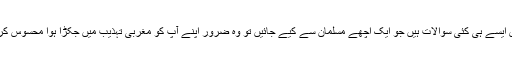
الغرض ایسے ہی کئی سوالات ہیں جو ایک اچھے مسلمان سے کیے جائیں تو وہ ضرور اپنے آپ کو مغربی تہذیب میں جکڑا ہوا محسوس کرے گا۔